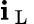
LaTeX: \mathbf{i}_{\mathrm{{~L~}}}